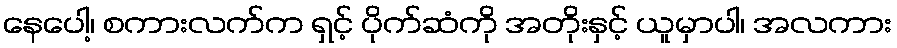
နေပေါ့၊ စကားလက်က ရှင့် ပိုက်ဆံကို အတိုးနှင့် ယူမှာပါ၊ အလကား